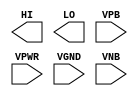
module sky130_fd_sc_ms__conb (
    //# {{data|Data Signals}}
    output HI  ,
    output LO  ,

    //# {{power|Power}}
    input  VPB ,
    input  VPWR,
    input  VGND,
    input  VNB
);
endmodule